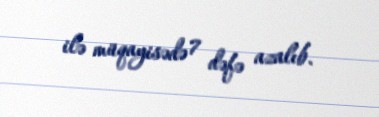
ilə müqayisədə 7 dəfə azalıb.